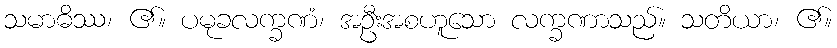
သမာဓိဿ၊ ၏။ ပမုခလက္ခဏံ၊ အဦးအစဟူသော လက္ခဏာသည်။ သတိယာ၊ ၏။